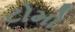
ટોમો